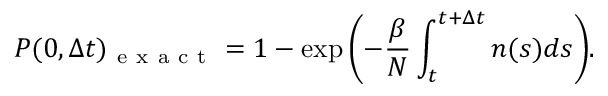
P ( 0 , \Delta t ) _ { \mathrm { ~ e ~ x ~ a ~ c ~ t ~ } } = 1 - \exp { \left( - \frac { \beta } { N } \int _ { t } ^ { t + \Delta t } n ( s ) d s \right) } .